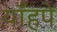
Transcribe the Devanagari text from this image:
याँहपे